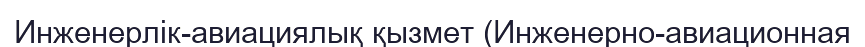
Инженерлік-авиациялық қызмет (Инженерно-авиационная